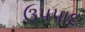
ઉપપાદ